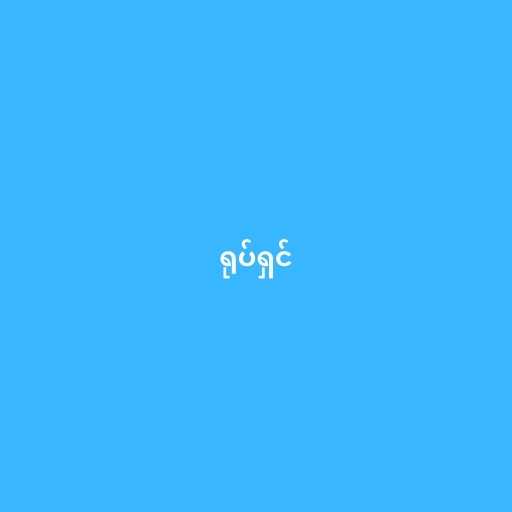
ရုပ်ရှင်